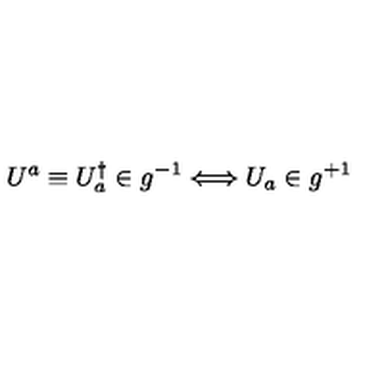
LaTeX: U ^ { a } \equiv U _ { a } ^ { \dagger } \in g ^ { - 1 } \Longleftrightarrow U _ { a } \in g ^ { + 1 }